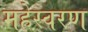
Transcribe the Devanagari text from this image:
महेस्वरण